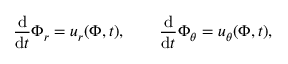
\frac { \mathrm { d } } { \mathrm { d } t } \Phi _ { r } = u _ { r } ( \Phi , t ) , \qquad \frac { \mathrm { d } } { \mathrm { d } t } \Phi _ { \theta } = u _ { \theta } ( \Phi , t ) ,